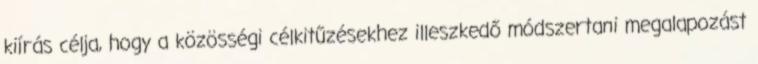
kiírás célja, hogy a közösségi célkitűzésekhez illeszkedő módszertani megalapozást